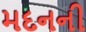
મદનની